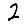
Digit: 2